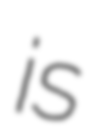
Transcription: is